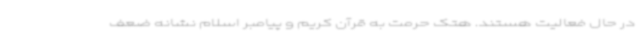
در حال فعالیت هستند. هتک حرمت به قرآن کریم و پیامبر اسلام نشانه ضعف